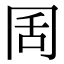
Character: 𭁦